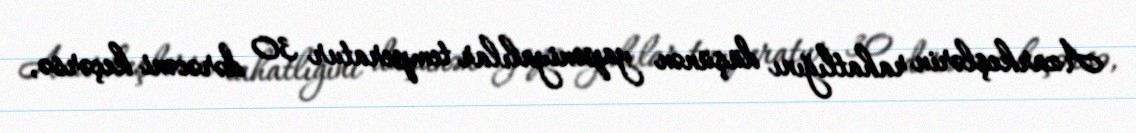
Azarkeşlərin rahatlığını düşünən yaponiyalılar temperatur 30 dərəcəni keçərsə,